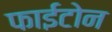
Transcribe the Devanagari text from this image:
फाईटोन